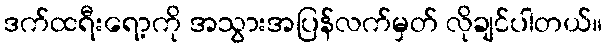
ဒက်ထရီးရော့ကို အသွားအပြန်လက်မှတ် လိုချင်ပါတယ်။